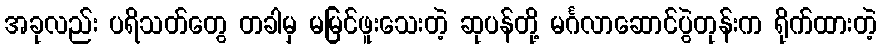
အခုလည်း ပရိသတ်တွေ တခါမှ မမြင်ဖူးသေးတဲ့ ဆုပန်တို့ မင်္ဂလာဆောင်ပွဲတုန်းက ရိုက်ထားတဲ့